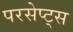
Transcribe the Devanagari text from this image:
परसेप्ट्स